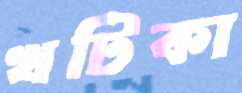
খটিকা